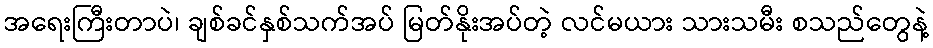
အရေးကြီးတာပဲ၊ ချစ်ခင်နှစ်သက်အပ် မြတ်နိုးအပ်တဲ့ လင်မယား သားသမီး စသည်တွေနဲ့